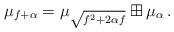
LaTeX: \begin{align*}\mu_{f+\alpha}=\mu_{\sqrt{f^2+2\alpha f}}\boxplus\mu_\alpha\,.\end{align*}